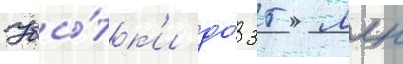
Убы́тк'и до́ 35 млн